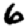
Digit: 6